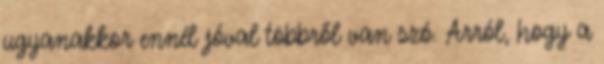
ugyanakkor ennél jóval többről van szó. Arról, hogy a